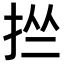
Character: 𢬕